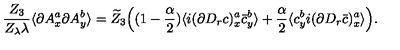
\frac { Z _ { 3 } } { Z _ { \lambda } \lambda } \langle \partial A _ { x } ^ { a } \partial A _ { y } ^ { b } \rangle = \widetilde Z _ { 3 } \Big ( ( 1 - \frac \alpha 2 ) \langle i ( \partial D _ { r } c ) _ { x } ^ { a } \bar { c } _ { y } ^ { b } \rangle + \frac \alpha 2 \langle c _ { y } ^ { b } i ( \partial D _ { r } \bar { c } ) _ { x } ^ { a } \rangle \Big ) .